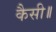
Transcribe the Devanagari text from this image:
कैसी॥